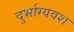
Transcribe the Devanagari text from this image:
दुर्भाग्‍यवश